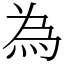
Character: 為